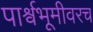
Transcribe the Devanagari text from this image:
पार्श्वभूमीवरच